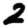
Digit: 2